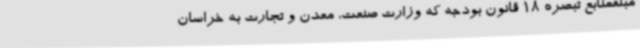
مبلغمنابع تبصره 18 قانون بودجه که وزارت صنعت، معدن و تجارت به خراسان